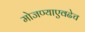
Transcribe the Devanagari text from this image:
मोजण्याएवढेच